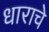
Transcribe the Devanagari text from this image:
धाराचे